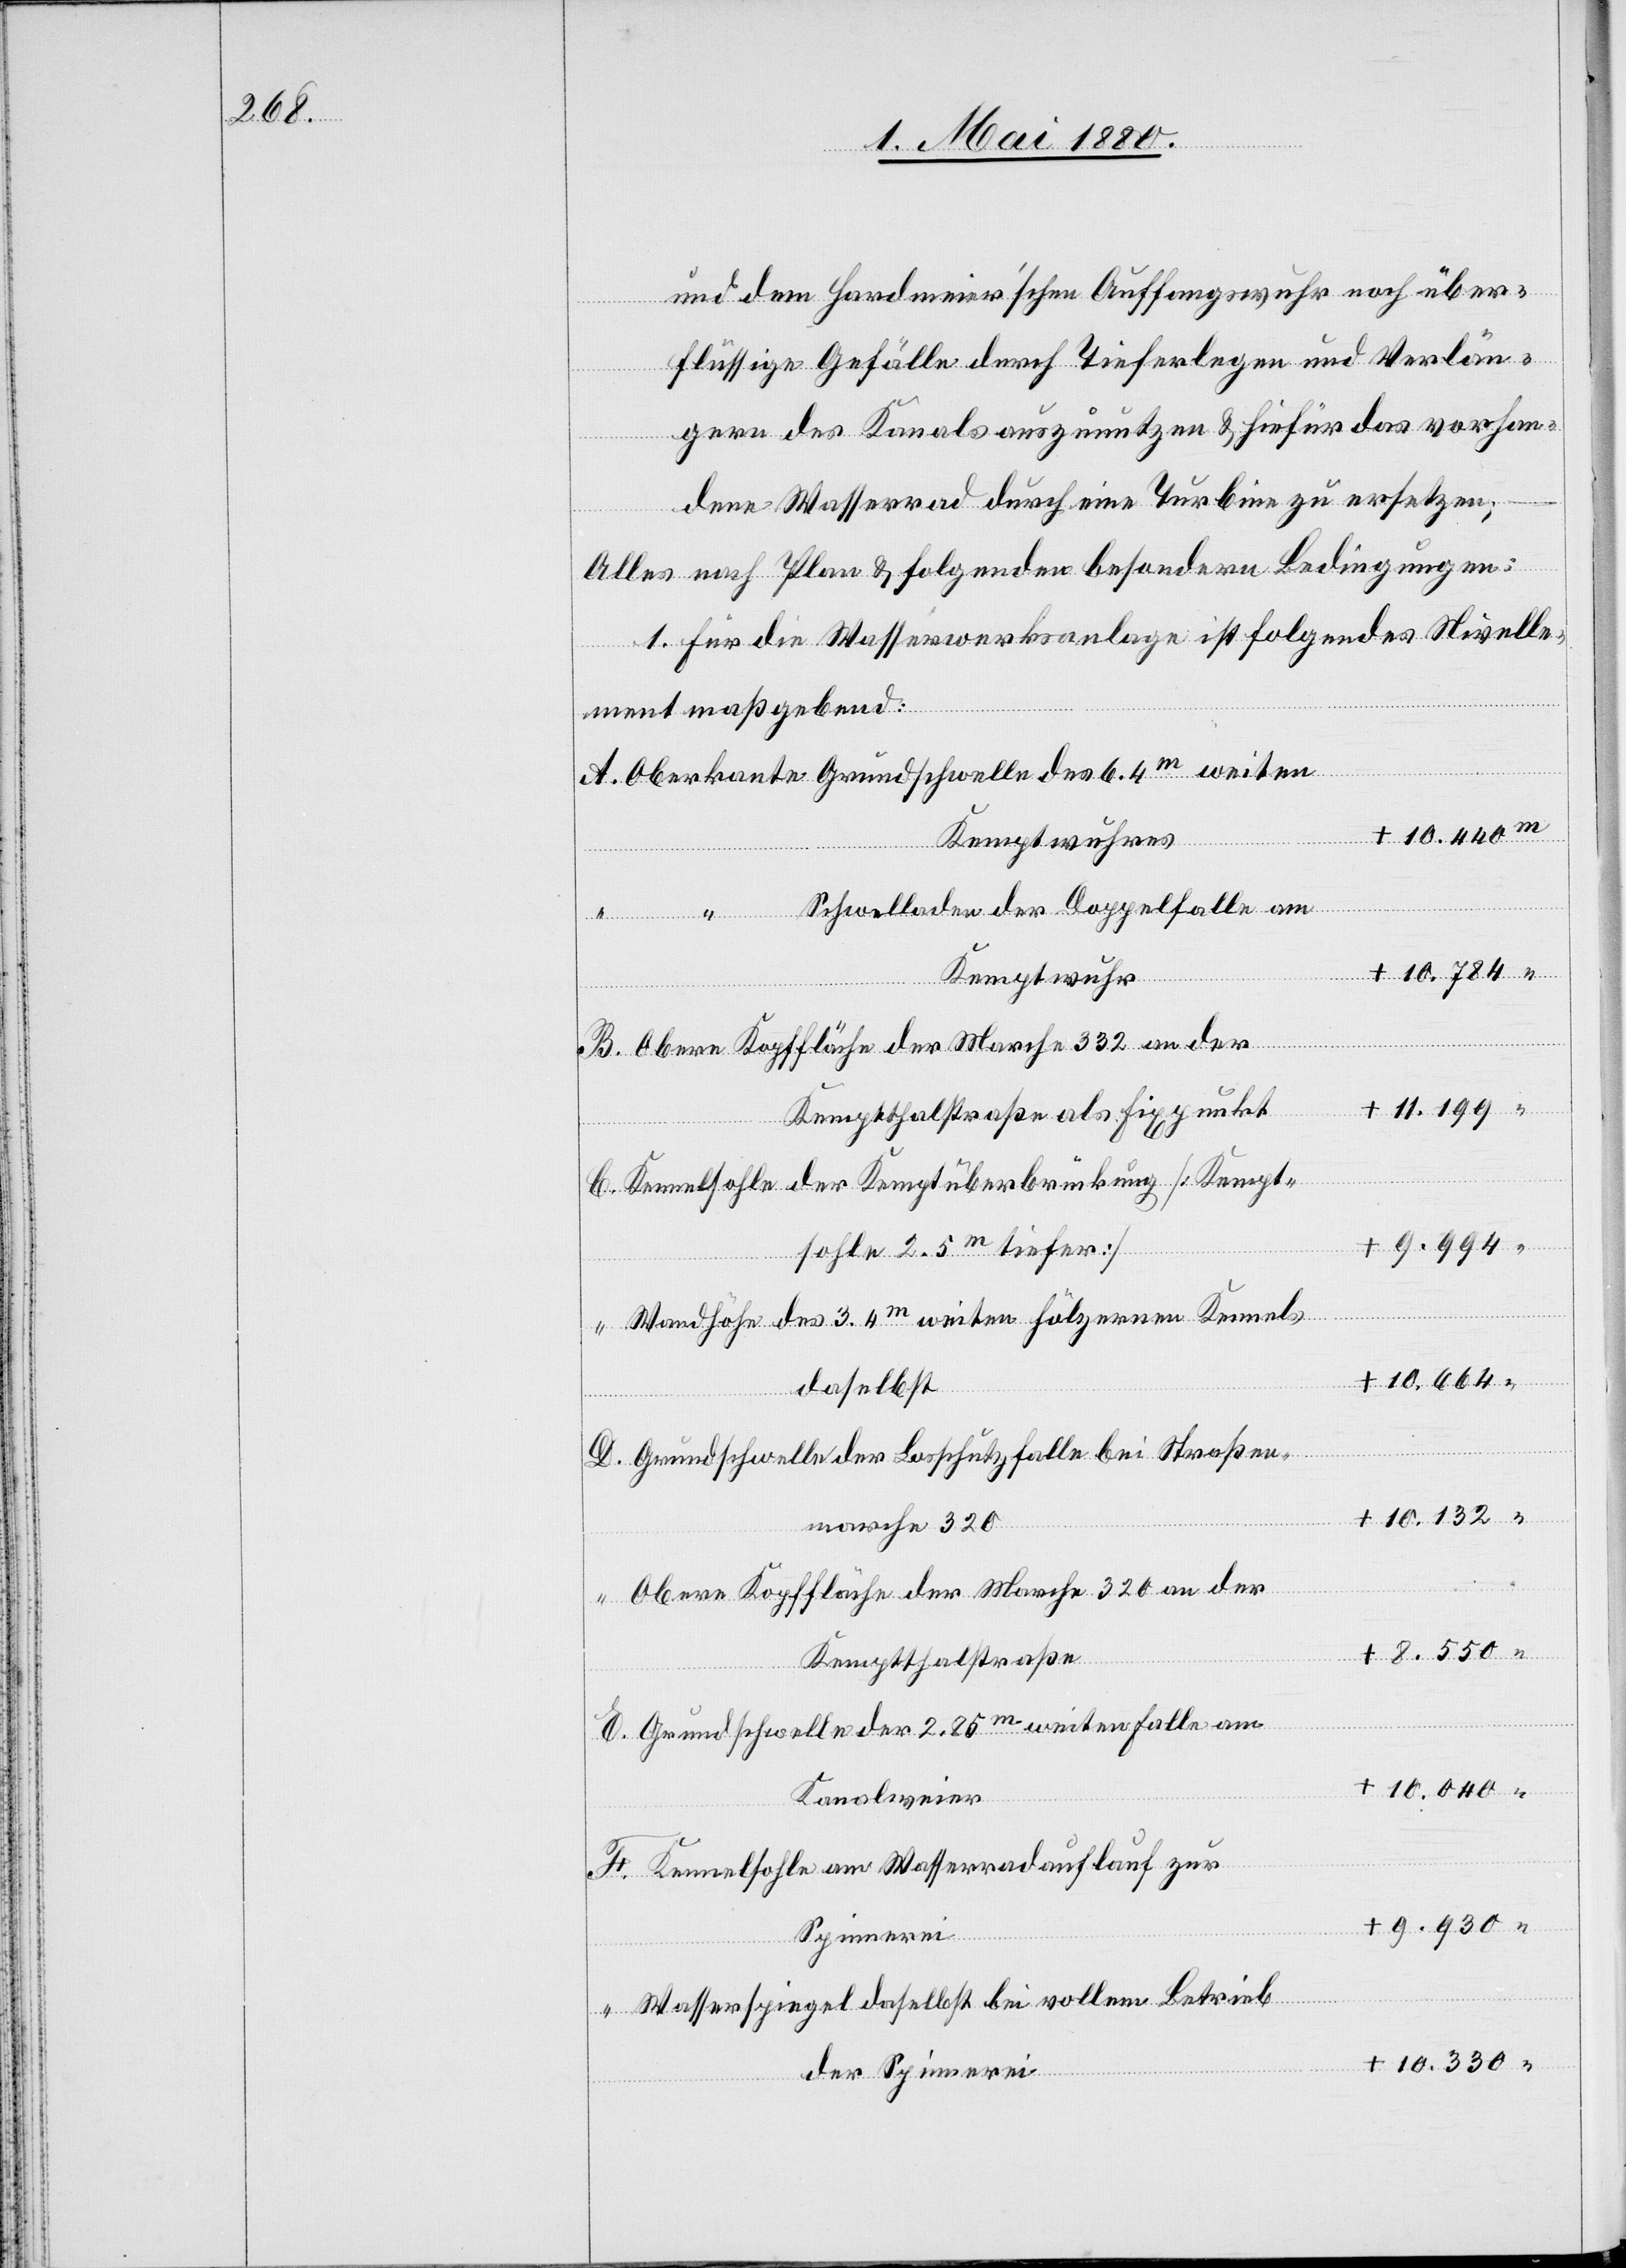
und dem Hardmeier’schen Auffangswuhr noch über¬
flüssige Gefälle durch Tieferlegen und Verlän¬
gern des Kanals auszunutzen & hiefür das vorhan¬
weiten
dene Wasserrad durch eine Turbine zu ersetzen;
Alles nach Plan & folgenden besondern Bedingungen:
1. für die Wasserwerksanlage ist folgendes Nivelle¬
ment maßgebend:
B.
+ 10.440
Kemptwuhres
Schwelladen der Doppelfalle am
Kemptwuhr
+ 11.199
E.
Kemptthalerstraße als Fixpunkt
Kennelsohle der Kemptüberbrückung [Kempt¬
+ 9.994
sohle 2.5m tiefer]
Wandhöhe des 3.4m weiten hölzernen Kennels
10.664
daselbst
D.
Grundschwelle der Losschutzfalle bei Straßen¬
+ 10.132
marche 320
Obere Kopffläche der Marche 320 an der
Kemptthalerstraße
Grundschwelle der 2.25m weiten Falle am
+ 10.040
Kanalweier
“
Kennelsohle am Wasserradauflauf zur
+ 9.930
Spinnerei
Wasserspiegel daselbst bei vollem Betrieb
der Spinnerei

+